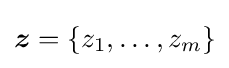
{\boldsymbol {z}}=\{z_{1},\ldots ,z_{m}\}